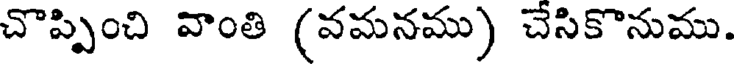
చొప్పించి వాంతి (వమనము) చేసికొనుము.